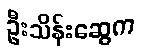
ဦးသိန်းဆွေက